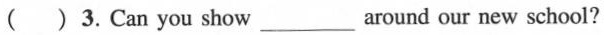
( ) 3.Can you show___ around our new school?